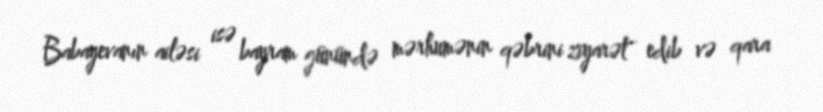
Babayevanın ailəsi isə bayram günündə mərhumənin qəbrini ziyarət edib və qara